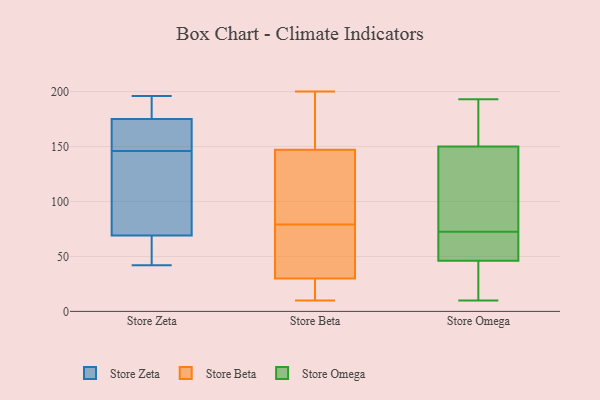
{"axis": {"x": "Bounce Rate (%)", "y": "Value"}, "legend": ["Store Beta", "Store Omega", "Store Zeta"], "data": [{"x": "", "y": 142, "type": "Store Zeta"}, {"x": "", "y": 175, "type": "Store Zeta"}, {"x": "", "y": 196, "type": "Store Zeta"}, {"x": "", "y": 144, "type": "Store Zeta"}, {"x": "", "y": 42, "type": "Store Zeta"}, {"x": "", "y": 162, "type": "Store Zeta"}, {"x": "", "y": 114, "type": "Store Zeta"}, {"x": "", "y": 176, "type": "Store Zeta"}, {"x": "", "y": 193, "type": "Store Zeta"}, {"x": "", "y": 69, "type": "Store Zeta"}, {"x": "", "y": 65, "type": "Store Zeta"}, {"x": "", "y": 155, "type": "Store Zeta"}, {"x": "", "y": 148, "type": "Store Zeta"}, {"x": "", "y": 61, "type": "Store Zeta"}, {"x": "", "y": 200, "type": "Store Beta"}, {"x": "", "y": 45, "type": "Store Beta"}, {"x": "", "y": 197, "type": "Store Beta"}, {"x": "", "y": 60, "type": "Store Beta"}, {"x": "", "y": 30, "type": "Store Beta"}, {"x": "", "y": 136, "type": "Store Beta"}, {"x": "", "y": 10, "type": "Store Beta"}, {"x": "", "y": 30, "type": "Store Beta"}, {"x": "", "y": 158, "type": "Store Beta"}, {"x": "", "y": 15, "type": "Store Beta"}, {"x": "", "y": 113, "type": "Store Beta"}, {"x": "", "y": 98, "type": "Store Beta"}, {"x": "", "y": 46, "type": "Store Omega"}, {"x": "", "y": 164, "type": "Store Omega"}, {"x": "", "y": 52, "type": "Store Omega"}, {"x": "", "y": 193, "type": "Store Omega"}, {"x": "", "y": 80, "type": "Store Omega"}, {"x": "", "y": 191, "type": "Store Omega"}, {"x": "", "y": 139, "type": "Store Omega"}, {"x": "", "y": 29, "type": "Store Omega"}, {"x": "", "y": 10, "type": "Store Omega"}, {"x": "", "y": 57, "type": "Store Omega"}, {"x": "", "y": 150, "type": "Store Omega"}, {"x": "", "y": 127, "type": "Store Omega"}, {"x": "", "y": 65, "type": "Store Omega"}, {"x": "", "y": 14, "type": "Store Omega"}]}